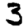
Digit: 3